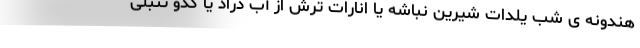
هندونه ی شب یلدات شیرین نباشه یا انارات ترش از آب دراد یا کدو تنبلی